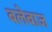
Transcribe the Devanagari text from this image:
बलेबाज